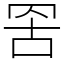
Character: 𮊁